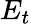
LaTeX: E_{t}